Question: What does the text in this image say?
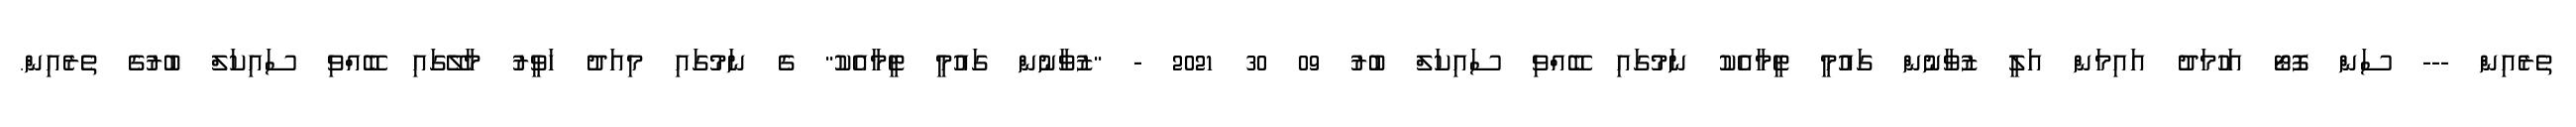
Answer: ތެރެއިން --- ސަން ފޮޓޯ އަހުމަދު އައިމަން އަލީ ޒުވާނުން ގައުމީ ޓީމާއެކު ނަމުގައި ބޭއްވި ސައިކަލް ބުރު 09 30 2021 - "ޒުވާނުން ގައުމީ ޓީމާއެކު" ގެ ނަމުގައި މިއަދު ހަވީރު މާލޭގައި ބޭއްވި ސައިކަލް ބުރުގެ ތެރެއިން.